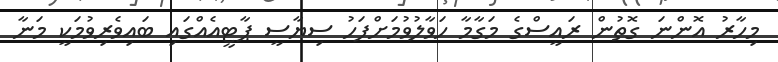
މިހާރު އޮންނަ ގޮތުން ރައީސްގެ މަގާމާ ހަވާލުވުމަށްފަހު ސިޔާސީ ޕާޓީއެއްގައި ބައިވެރިވުމަކީ މަނާ